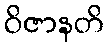
ဝိဇာနတိ